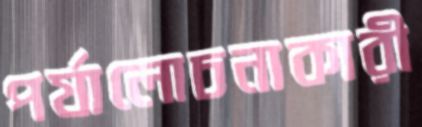
পর্যালোচনাকারী